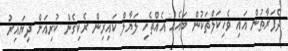
ދެފަރާތުން އައި ވެހިކަލްތަކުން ބައެއް އެއްޗެހި ލަޔާލް ކައިރިން ރެކިގެން ކުރިއަށް ދިޔައިރު